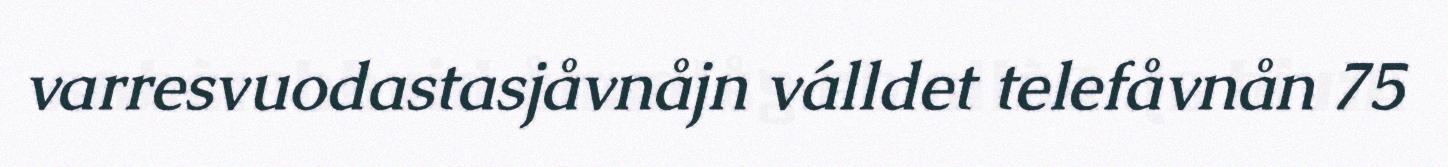
varresvuodastasjåvnåjn válldet telefåvnån 75